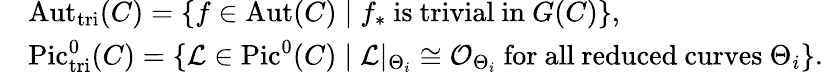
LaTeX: \begin{array}{rl}&{\mathrm{Aut}_{\mathrm{tri}}(C)=\{ f\in\mathrm{Aut}(C)\mid f_{*}\mathrm{\ is\ trivial\ in\ }G(C)\} ,}\\ &{\mathrm{Pic}_{\mathrm{tri}}^{0}(C)=\{ \mathcal{L}\in\mathrm{Pic}^{0}(C)\mid\mathcal{L}|_{\Theta_{i}}\cong\mathcal{O}_{\Theta_{i}}\mathrm{\ for\ all\ reduced\ curves\ }\Theta_{i}\} .}\end{array}